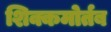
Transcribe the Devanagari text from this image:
शिक्कमोर्तब